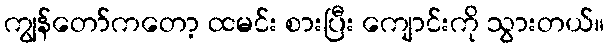
ကျွန်တော်ကတော့ ထမင်း စားပြီး ကျောင်းကို သွားတယ်။